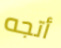
أتجه